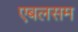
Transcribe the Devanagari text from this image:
एबलसम